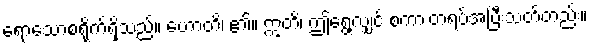
ရောသောစရိုက်ရှိသည်။ ဟောတိ၊ ၏။ ဣတိ၊ ဤရွေ့လျှင် စကားတရပ်အပြီးသတ်တည်း။